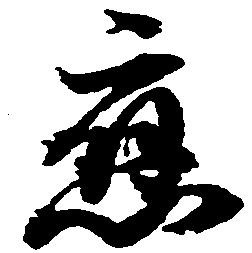
応